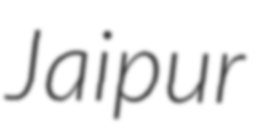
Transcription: Jaipur